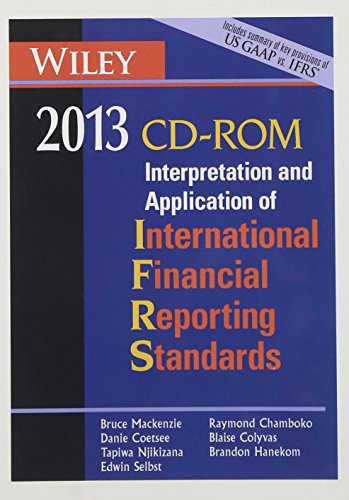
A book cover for Wiley IFRS 2013 CD ROM: Interpretation and Application for International Accounting and Financial Reporting Standards; Bruce Mackenzie; Business & Money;